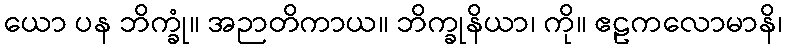
ယော ပန ဘိက္ခုံ။ အဉာတိကာယ။ ဘိက္ခုနိယာ၊ ကို။ ဧဠကလောမာနိ၊